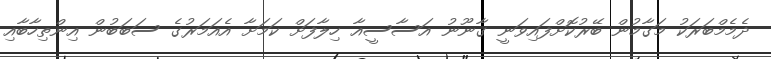
ދެމެމްބަރަކު މަގާމުން ބޭރުކޮށްފައިވަނީ ގާނޫނު އަސާސީއާ ހިލާފަށް ކަމަށާ އެއަމަރުގެ ސަބަބުން އިންތިހާބާއި